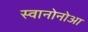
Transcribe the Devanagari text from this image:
स्वानोनोआ